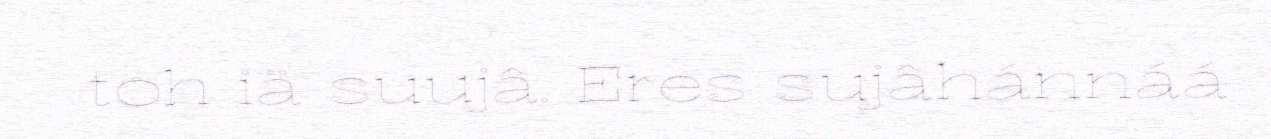
toh iä suujâ. Eres sujâhánnáá